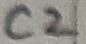
Text: C2